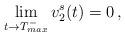
LaTeX: \begin{align*}\lim_{t\rightarrow T_{max}^-} {v^s_2(t)}=0\,,\end{align*}